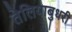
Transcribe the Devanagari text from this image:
तेलियाबुधरी